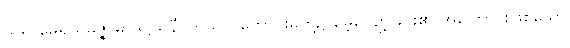
သုရာမေရယမဇ္ဇာမာဒဋ္ဌယိနီ၊ ကုသိုလ်ကောင်းမှုတို့၌ မေ့လျော့ခြင်း၏ အကြောင်းဖြစ်သော